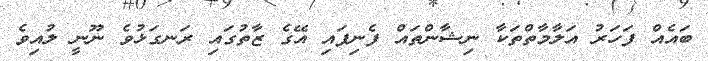
ބައެއް ފަހަރު އަލާމާތްތަކާ ނިޝާންތައް ފެނިފައި އޭގެ ޒާތުގައި ރަނގަޅުވެ ނޫނީ ލުއިވެ